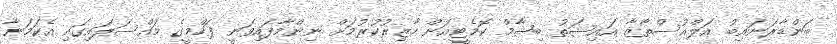
ބަންޑާރަނައިބު އަލްއުސްތާޒާ އައިޝަތު ބިޝާމް ކޮމެޓީއަށް ހާޒިރުކުރުމަށް ނިންމާފައިވަނީ ފަހްމީގެ މައްސަލައިގައި އެކަމަނާ